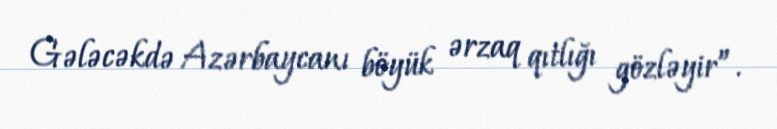
Gələcəkdə Azərbaycanı böyük ərzaq qıtlığı gözləyir”.